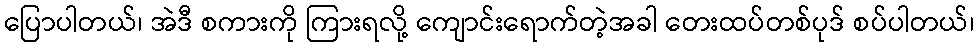
ပြောပါတယ်၊ အဲဒီ စကားကို ကြားရလို့ ကျောင်းရောက်တဲ့အခါ တေးထပ်တစ်ပုဒ် စပ်ပါတယ်၊